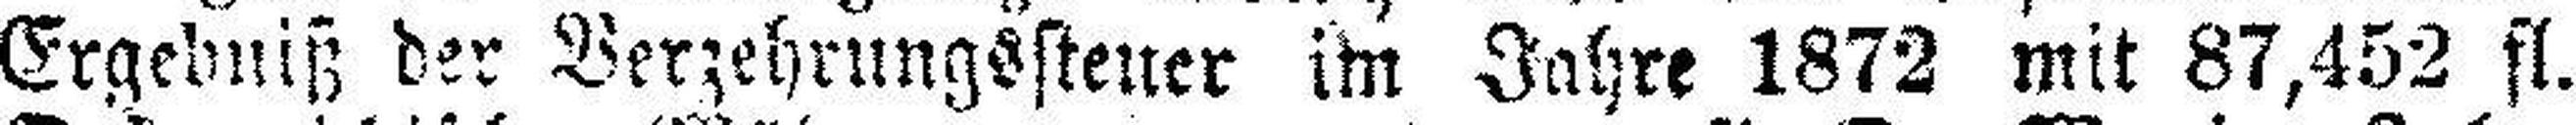
Ergebniß der Verzehrungssteuer im Jahre 1872 mit 87,452 fl.